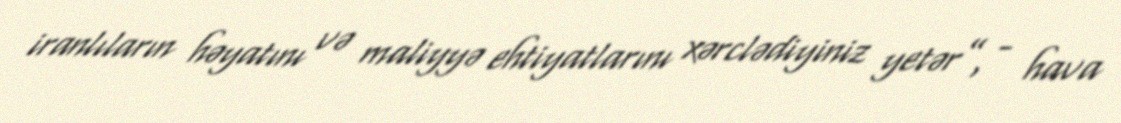
iranlıların həyatını və maliyyə ehtiyatlarını xərclədiyiniz yetər”, - hava